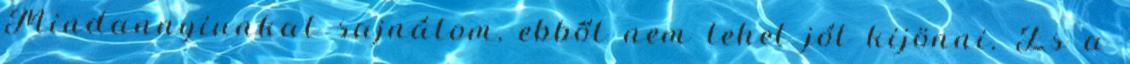
Mindannyiunkat sajnálom, ebből nem lehet jól kijönni. És a